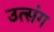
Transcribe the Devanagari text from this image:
उत्संग